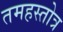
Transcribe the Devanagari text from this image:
तमहस्तोत्र